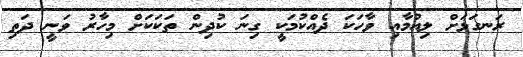
ރަނގަޅަށް ލިއުމާއި ވާހަކަ ދެއްކުމަކީ ގިނަ ކުދިން ތަކަކަށް މިހާރު ވަނީ ދަތި